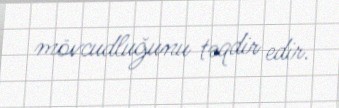
mövcudluğunu təqdir edir.